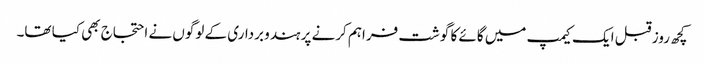
کچھ روز قبل ایک کیمپ میں گائے کا گوشت فراہم کرنے پر ہندو برداری کے لوگوں نے احتجاج بھی کیا تھا۔